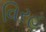
વિરહ